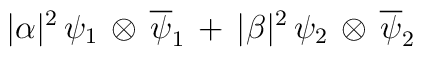
|{\alpha}|^{2}\,{\psi}_{1} \,\otimes\, {\overline {\psi}_{1}} \,+\, |{\beta}|^{2}\,{\psi}_{2} \,\otimes\, {\overline {\psi}_{2}}